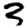
Digit: 3